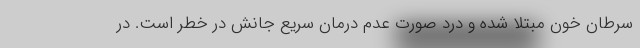
سرطان خون مبتلا شده و درد صورت عدم درمان سریع جانش در خطر است. در